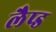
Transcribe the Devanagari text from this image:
लैप्ड